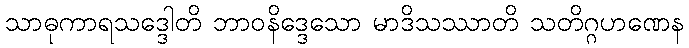
သာဓုကာရသဒ္ဒေါတိ ဘာဝနိဒ္ဒေသော မာဒိသဿာတိ သတိဂ္ဂဟဏေန